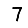
Digit: 7